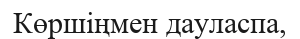
Көршіңмен дауласпа,